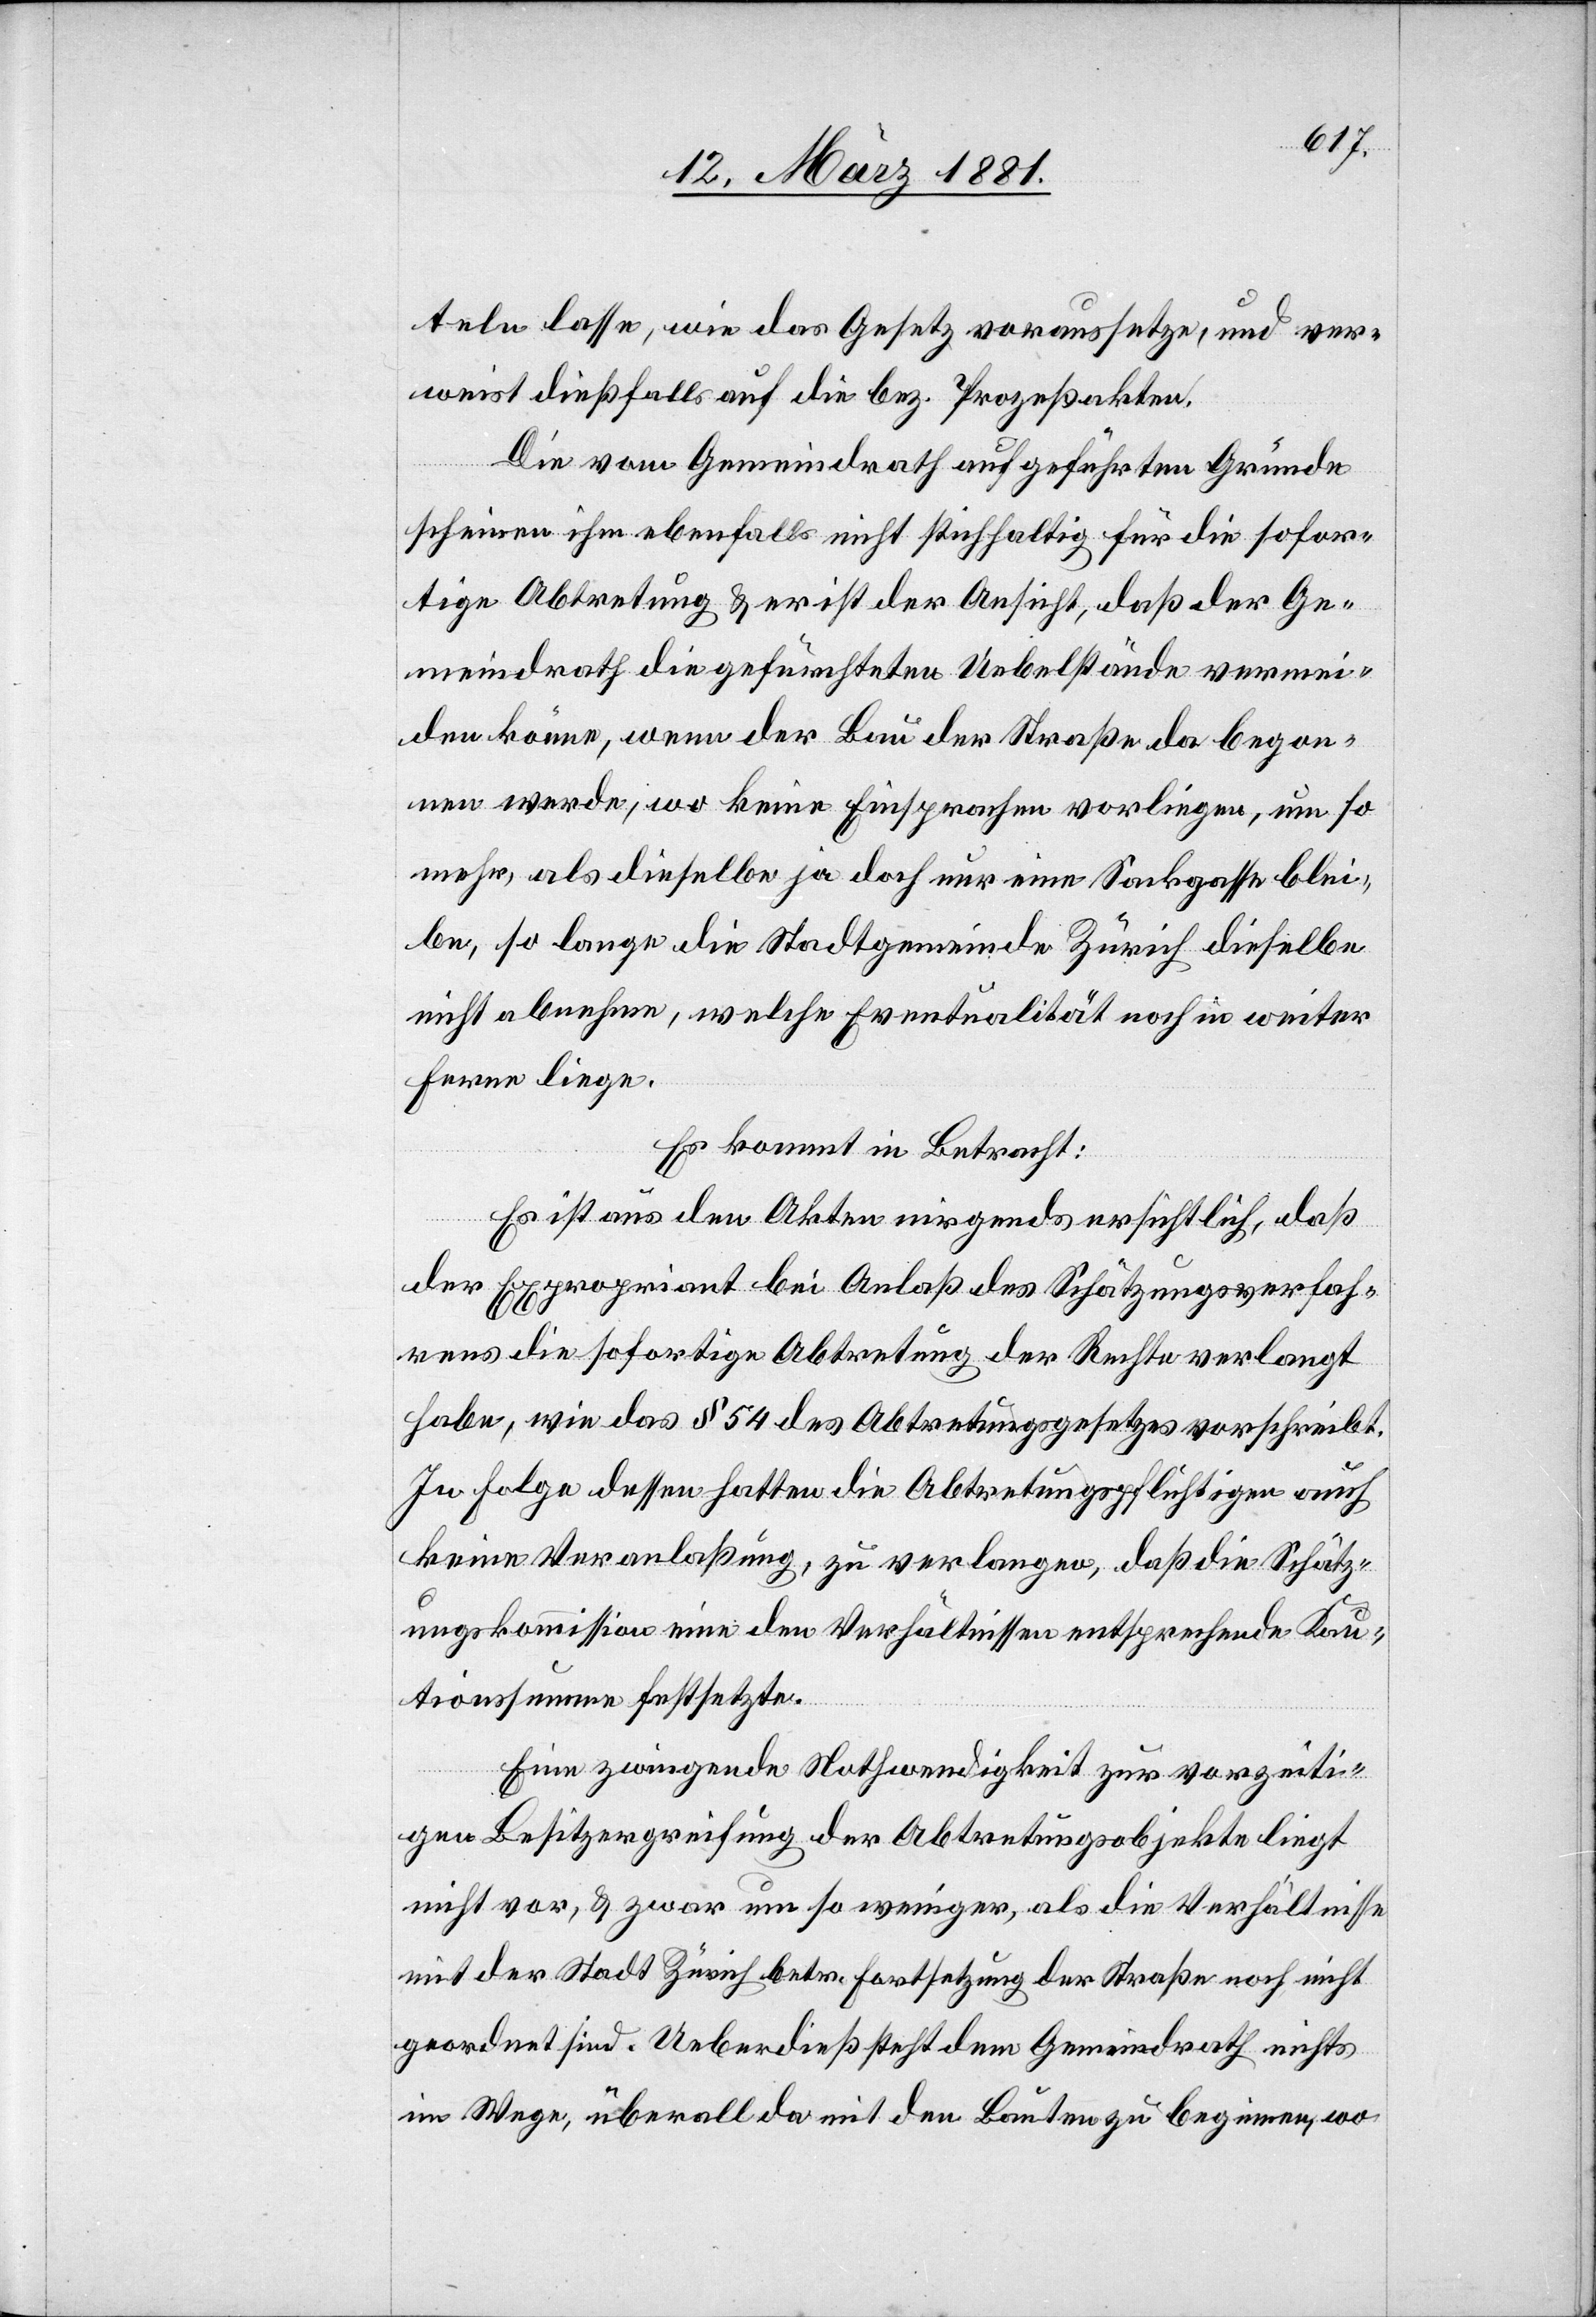
teln lasse, wie das Gesetz voraussetze, und ver¬
weist dießfalls auf die bez. Prozeßakten.
Die vom Gemeindrath aufgeführten Gründe
scheinen ihm ebenfalls nicht stichhaltig für die sofor¬
tige Abtretung & er ist der Ansicht, daß der Ge¬
meindrath die gefürchteten Uebelstände vermin¬
dern könne, wenn der Bau der Straße da begon¬
nen werde, wo keine Einsprachen vorliegen, um so
mehr, als dieselbe ja doch nur eine Sackgasse blei¬
be, so lange die Stadtgemeinde Zürich dieselbe
nicht abnehme, welche Eventualität noch in weiter
Ferne liege.
Es kommt in Betracht:
Es ist aus den Akten nirgends ersichtlich, daß
der Expropriant bei Anlaß des Schätzungsverfah¬
rens die sofortige Abtretung der Rechte verlangt
habe, wie das § 54 des Abtretungsgesetzes vorschreibt.
In Folge dessen hatten die Abtretungspflichtigen auch
keine Veranlaßung, zu verlangen, daß die Schätz¬
ungskommission eine den Verhältnissen entsprechende Kau¬
tionssumme festsetzte.
Eine zwingende Nothwendigkeit zur vorzeiti¬
gen Besitzergreifung der Abtretungsobjekte liegt
nicht vor, & zwar um so weniger, als die Verhältnisse
mit der Stadt Zürich betr. Fortsetzung der Straße noch nicht
geordnet sind. Ueberdieß steht dem Gemeindrath nichts
im Wege, überall da mit den Bauten zu beginnen, wo